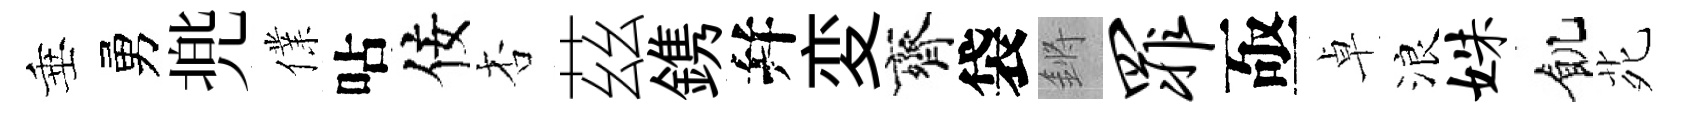
垂勇兠㒒呫佞杏茲鎸幷変齊袋鏘罪亟卓浪姝飢𫟍